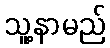
သူ့နာမည်